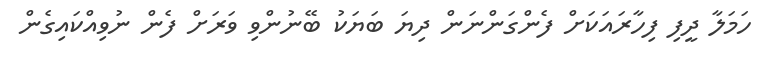
ހަމަލާ ދީފި ފިހާރައަކަށް ފެންގަންނަން ދިޔަ ބަޔަކު ބޭނުންވި ވަރަށް ފެން ނުވިއްކައިގެން